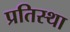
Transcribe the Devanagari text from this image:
प्रतिस्था